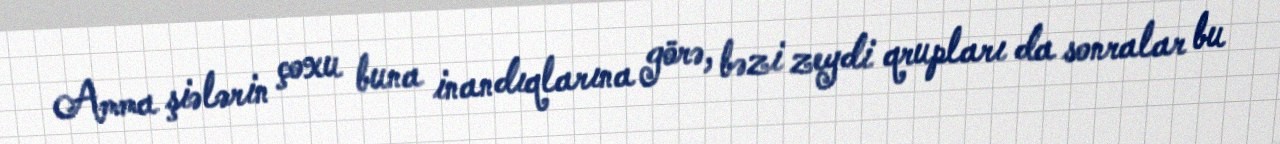
Amma şiələrin çoxu buna inandıqlarına görə, bəzi zeydi qrupları da sonralar bu